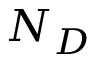
N _ { D }